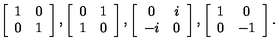
\left[ \begin{array} { c c } { 1 } & { 0 } \\ { 0 } & { 1 } \\ \end{array} \right] , \left[ \begin{array} { c c } { 0 } & { 1 } \\ { 1 } & { 0 } \\ \end{array} \right] , \left[ \begin{array} { c c } { 0 } & { i } \\ { - i } & { 0 } \\ \end{array} \right] , \left[ \begin{array} { c c } { 1 } & { 0 } \\ { 0 } & { - 1 } \\ \end{array} \right] .